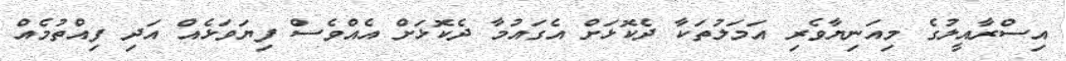
އިސްރާއީލުގެ މިއަނިޔާވެރި އަމަލުތަކާ ދެކޮޅަށް އެގައުމާ ދެކޮޅަށް އެއްވެސް ފިޔަވަޅެއް އަދި ފިއްތުމެއް